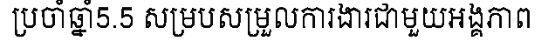
ប្រចាំឆ្នាំ5.5 សម្របសម្រួលការងារជាមួយអង្គភាព